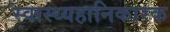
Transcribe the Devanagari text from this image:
स्वास्थ्यहानिकारक